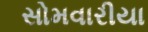
સોમવારીયા